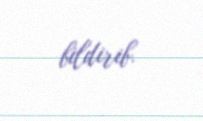
bildirib.